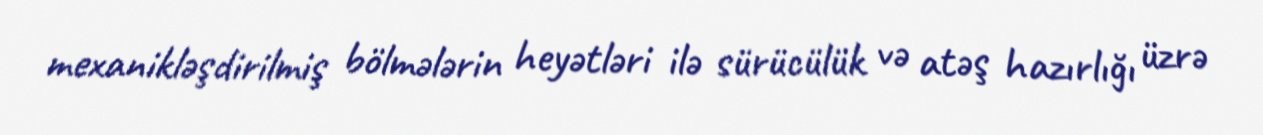
mexanikləşdirilmiş bölmələrin heyətləri ilə sürücülük və atəş hazırlığı üzrə